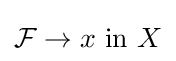
{\mathcal {F}}\to x{\text{ in }}X